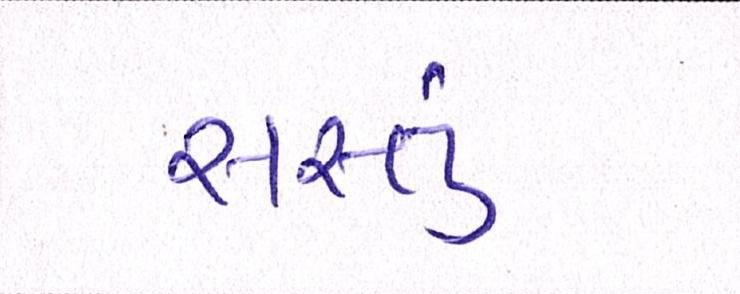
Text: સસ્તું